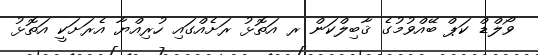
ވޯލްޑް ކަޕް ބޭއްވުމުގެ ޤާބިލްކަން ރ އަތޮޅު ރަށެއްގައި ހުރިއްޔާ އެރަށަކީ އަތޮޅު